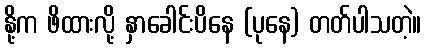
နို့က ဖိထားလို့ နှာခေါင်းပိနေ (ပုနေ) တတ်ပါသတဲ့။